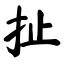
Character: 扯